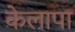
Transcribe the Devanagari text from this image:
केलापा